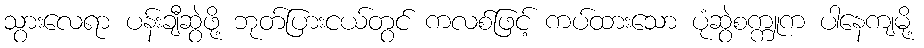
သွားလေရာ ပန်းချီဆွဲဖို့ ဘုတ်ပြားငယ်တွင် ကလစ်ဖြင့် ကပ်ထားသော ပုံဆွဲစက္ကူက ပါနေကျမို့